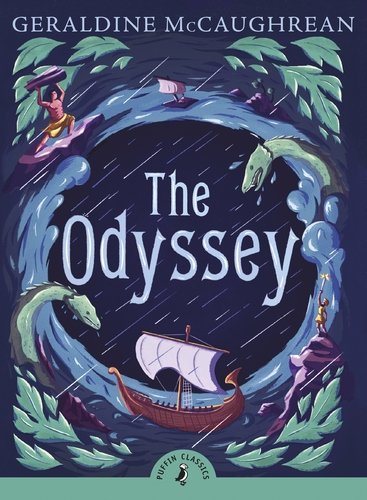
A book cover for The Odyssey (Puffin Classics); Homer; Children's Books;